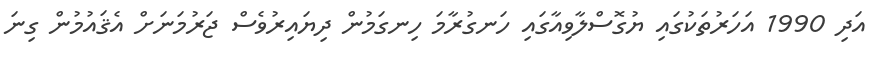
އަދި 1990 އަހަރުތަކުގައި ޔުގޮސްލާވިއާގައި ހަނގުރާމަ ހިނގަމުން ދިޔައިރުވެސް ޖަރުމަނަށް އެޤައުމުން ގިނަ